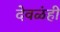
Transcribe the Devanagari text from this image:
देवळंही